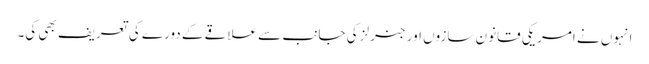
انہوں نے امریکی قانون سازوں اور جنرلز کی جانب سے علاقے کے دورے کی تعریف بھی کی۔